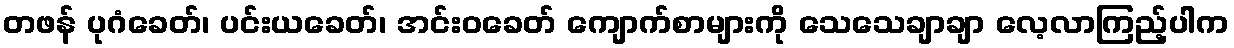
တဖန် ပုဂံခေတ်၊ ပင်းယခေတ်၊ အင်းဝခေတ် ကျောက်စာများကို သေသေချာချာ လေ့လာကြည့်ပါက